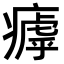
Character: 𤹣